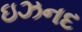
ઇઝનદ